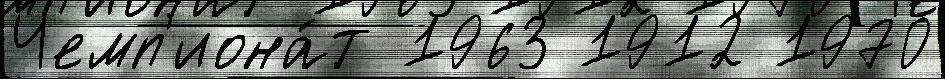
Чемп'иона́т 1963 1912 1970